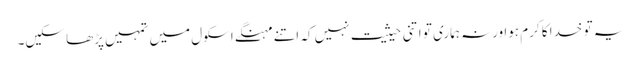
یہ تو خدا کا کرم ہوا ورنہ ہماری تو اتنی حیثیت نہیں کہ اتنے مہنگے اسکول میں تمہیں پڑھا سکیں۔